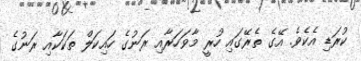
ކުރަޑި އެކެވެ. އޭގެ ތެރޭގައި ހުރީ މާވަހަރާއި ރަނުގެ ހައިކަލް ތަކަކާއި ރަނުގެ